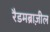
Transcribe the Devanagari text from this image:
रैडमब्राज़ील